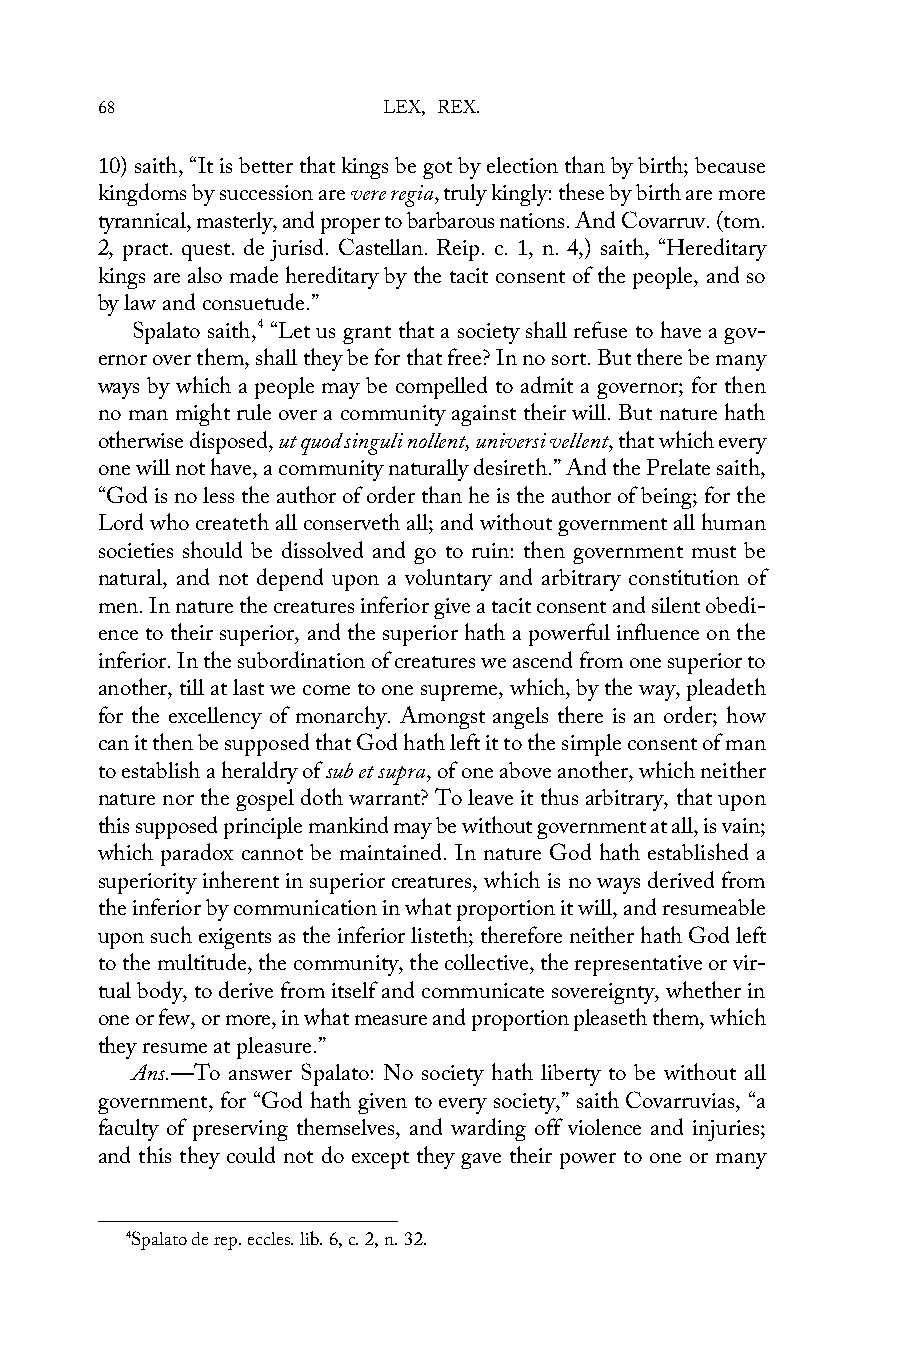
68                 LEX, REX.
 10) saith, “It is better that kings be got by election than by birth; because
 kingdoms by succession are vere regia, truly kingly: these by birth are more
 tyrannical, masterly, and proper to barbarous nations. And Covarruv. (tom.
 2, pract. quest. de jurisd. Castellan. Reip. c. 1, n. 4,) saith, “Hereditary
 kings are also made hereditary by the tacit consent of the people, and so
 by law and consuetude.”
 Spalato saith,4 “Let us grant that a society shall refuse to have a gov-
 ernor over them, shall they be for that free? In no sort. But there be many
 ways by which a people may be compelled to admit a governor; for then
 no man might rule over a community against their will. But nature hath
 otherwise disposed, ut quod singuli nollent, universi vellent, that which every
 one will not have, a community naturally desireth.” And the Prelate saith,
 “God is no less the author of order than he is the author of being; for the
 Lord who createth all conserveth all; and without government all human
 societies should be dissolved and go to ruin: then government must be
 natural, and not depend upon a voluntary and arbitrary constitution of
 men. In nature the creatures inferior give a tacit consent and silent obedi-
 ence to their superior, and the superior hath a powerful influence on the
 inferior. In the subordination of creatures we ascend from one superior to
 another, till at last we come to one supreme, which, by the way, pleadeth
 for the excellency of monarchy. Amongst angels there is an order; how
 can it then be supposed that God hath left it to the simple consent of man
 to establish a heraldry of sub et supra, of one above another, which neither
 nature nor the gospel doth warrant? To leave it thus arbitrary, that upon
 this supposed principle mankind may be without government at all, is vain;
 which paradox cannot be maintained. In nature God hath established a
 superiority inherent in superior creatures, which is no ways derived from
 the inferior by communication in what proportion it will, and resumeable
 upon such exigents as the inferior listeth; therefore neither hath God left
 to the multitude, the community, the collective, the representative or vir-
 tual body, to derive from itself and communicate sovereignty, whether in
 one or few, or more, in what measure and proportion pleaseth them, which
 they resume at pleasure.”
 Ans.—To answer Spalato: No society hath liberty to be without all
 government, for “God hath given to every society,” saith Covarruvias, “a
 faculty of preserving themselves, and warding off violence and injuries;
 and this they could not do except they gave their power to one or many
 4Spalato de rep. eccles. lib. 6, c. 2, n. 32.